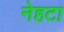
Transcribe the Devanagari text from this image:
नेहटा